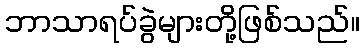
ဘာသာရပ်ခွဲများတို့ဖြစ်သည်။